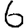
Digit: 6